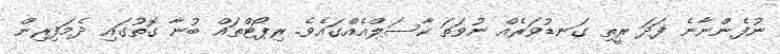
ނުފެންނާނެ ފަދަ ރީތި ގަނޑުވަރެއް ނުވަތަ ކާސަލްއެއްގައެވެ. ރިޕޯޓްތައް ބުނާ ގޮތުގައި ދެމަފިރިން